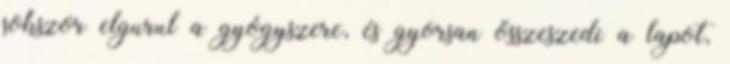
sokszor elgurul a gyógyszere, és gyorsan összeszedi a lapot,